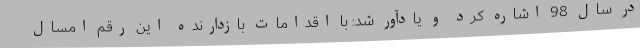
در سال 98 اشاره کرد و یادآور شد: با اقدامات بازدارنده این رقم امسال